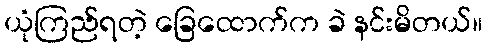
ယုံကြည်ရတဲ့ ခြေထောက်က ခဲ နင်းမိတယ်။